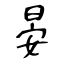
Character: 晏